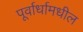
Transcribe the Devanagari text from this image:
पूर्वार्धामधील